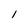
Character: 1